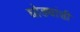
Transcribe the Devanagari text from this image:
घोड्यांशी